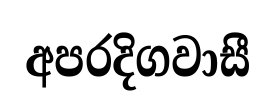
අපරදිගවාසී